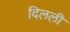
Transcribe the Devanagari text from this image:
दिलली